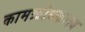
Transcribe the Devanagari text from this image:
कामक्रोधकराय